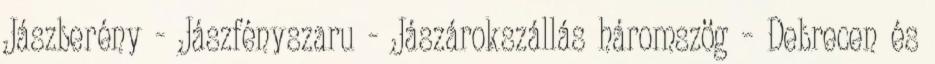
Jászberény - Jászfényszaru - Jászárokszállás háromszög – Debrecen és